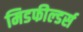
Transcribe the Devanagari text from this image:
मिडफील्‍डर्स